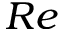
R e